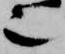
也